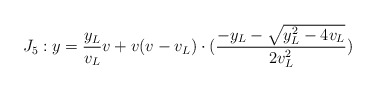
\begin{align*}J_5: y=\frac{y_L}{v_L}v+v(v-v_L)\cdot (\frac{-y_L-\sqrt{y_L^2-4v_L}}{2v_L^2})\end{align*}